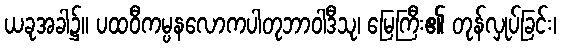
ယခုအခါ၌။ ပထဝီကမ္ပနလောကပါတုဘာဝါဒီသု၊ မြေကြီး၏ တုန်လှုပ်ခြင်း၊